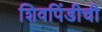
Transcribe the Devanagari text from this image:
शिवपिंडीची